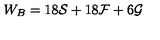
W _ { B } = 1 8 { \cal { S } } + 1 8 { \cal { F } } + 6 { \cal { G } }